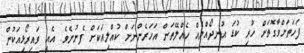
ފަހަތަށްވާގޮތަށް ހުރި ކުޑަ އުނދޯއްޔެއް ހެއްލޭތަން އަހަރެންނަށް ކުއްލިއަކަށް ފެނުނެވެ. އެއީ ވައިރޯޅިއަކުން